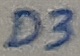
Text: D3